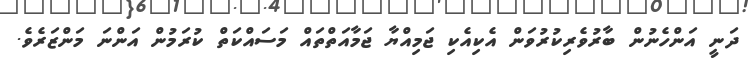
ދަނީ އަންހެނުން ބާރުވެރިކުރުވަން އެކިއެކި ޖަމިއްޔާ ޖަމާއަތްތައް މަސައްކަތް ކުރަމުން އަންނަ މަންޒަރެވެ.